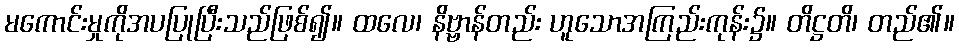
မကောင်းမှုကိုအပပြုပြီးသည်ဖြစ်၍။ ထလေ၊ နိဗ္ဗာန်တည်း ဟူသောအကြည်းကုန်း၌။ တိဋ္ဌတိ၊ တည်၏။